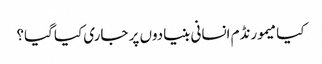
کیا میمورنڈم انسانی بنیادوں پر جاری کیا گیا؟